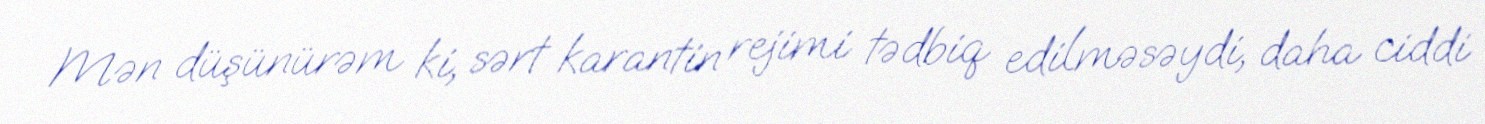
Mən düşünürəm ki, sərt karantin rejimi tədbiq edilməsəydi, daha ciddi